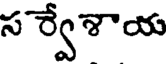
స ర్వేశాయ